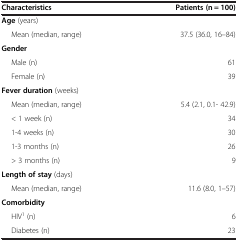
| Characteristics | Patients (n = 100) |
 | --- | --- |
 | Age (years) |  |
 | Mean (median, range) | 37.5 (36.0, 16–84) |
 | Gender |  |
 | Male (n) | 61 |
 | Female (n) | 39 |
 | Fever duration (weeks) |  |
 | Mean (median, range) | 5.4 (2.1, 0.1- 42.9) |
 | < 1 week (n) | 34 |
 | 1-4 weeks (n) | 30 |
 | 1-3 months (n) | 26 |
 | > 3 months (n) | 9 |
 | Length of stay (days) |  |
 | Mean (median, range) | 11.6 (8.0, 1–57) |
 | Comorbidity |  |
 | HIV1 (n) | 6 |
 | Diabetes (n) | 23 |